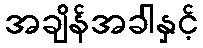
အချိန်အခါနှင့်